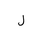
Letter: _lam